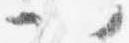
以